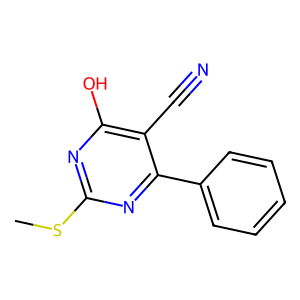
SMILES: CSc1nc(O)c(C#N)c(-c2ccccc2)n1
Inhibits HIV replication: No